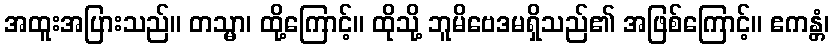
အထူးအပြားသည်။ တသ္မာ၊ ထို့ကြောင့်။ ထိုသို့ ဘူမိဗေဒမရှိသည်၏ အဖြစ်ကြောင့်။ ဧကန္တံ၊